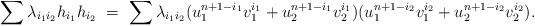
LaTeX: \begin{align*}\sum\lambda_{i_1i_2} h_{i_1}h_{i_2}\ =\ \sum\lambda_{i_1i_2} (u_1^{n+1-i_1}v_1^{i_1} + u_2^{n+1-i_1}v_2^{i_1}) (u_1^{n+1-i_2}v_1^{i_2} + u_2^{n+1-i_2}v_2^{i_2}).\end{align*}